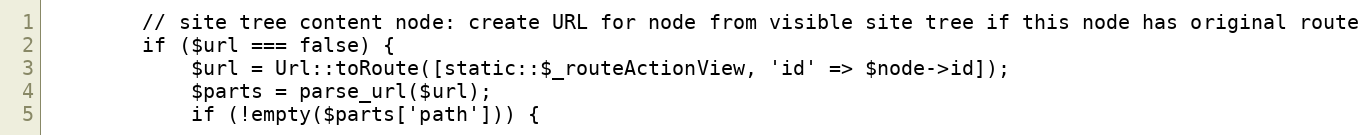
Language: PHP
        // site tree content node: create URL for node from visible site tree if this node has original route
        if ($url === false) {
            $url = Url::toRoute([static::$_routeActionView, 'id' => $node->id]);
            $parts = parse_url($url);
            if (!empty($parts['path'])) {